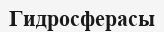
Гидросферасы